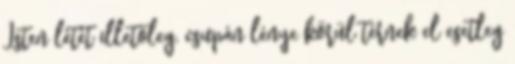
Isten létét illetőleg, csupán lénye körül térnek el esetleg